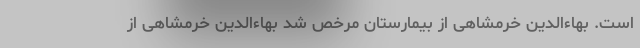
است. بهاءالدین خرمشاهی از بیمارستان مرخص شد بهاء‌الدین خرمشاهی از